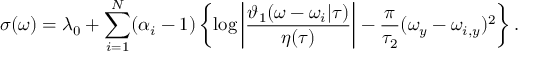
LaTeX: \sigma ( \omega ) = \lambda _ { 0 } + \sum _ { i = 1 } ^ { N } ( \alpha _ { i } - 1 ) \left\{ \log \left| \frac { \vartheta _ { 1 } ( \omega - \omega _ { i } | \tau ) } { \eta ( \tau ) } \right| - \frac { \pi } { \tau _ { 2 } } ( \omega _ { y } - \omega _ { i , y } ) ^ { 2 } \right\} .